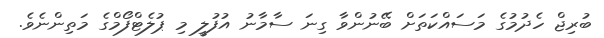
ބުރިޖް ހެދުމުގެ މަސައްކަތަށް ބޭނުންވާ ގިނަ ސާމާނު އުފުލީ މި ޕުލެޓްފޯމްގެ މަތިންނެވެ.